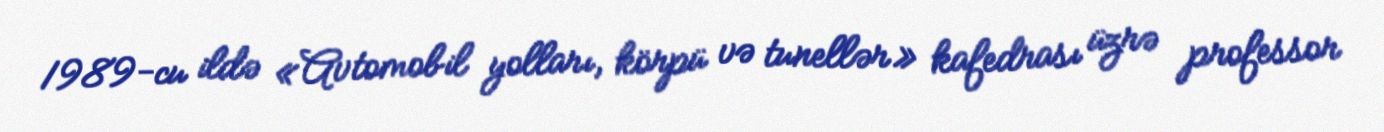
1989-cu ildə «Avtomobil yolları, körpü və tunellər» kafedrası üzrə professor